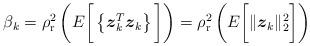
LaTeX: \begin{align*} \beta_k = \rho^2_{\rm r} \left( E\bigg[ \left\{ \boldsymbol{z}^T_k \boldsymbol{z}_k\right\} \bigg] \right) = \rho^2_{\rm r} \left( E \bigg[ \|\boldsymbol{z}_k \|^2_{2} \bigg] \right)\end{align*}